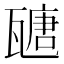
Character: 𤮂